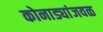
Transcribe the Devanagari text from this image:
कोनाड्यांजवळ